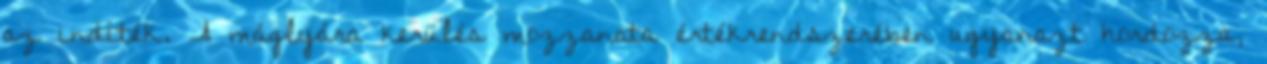
az indíték. A máglyára kerülés mozzanata értékrendszerében ugyanazt hordozza,